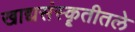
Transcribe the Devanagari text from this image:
खाद्यसंस्कॄतीतले